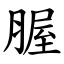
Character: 腛